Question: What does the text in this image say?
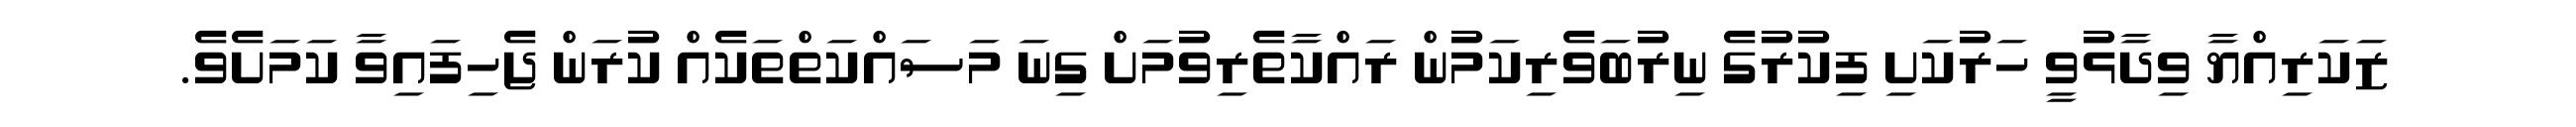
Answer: ޒަކަރިއްޔާ ވިދާޅުވީ ހަރުކަށި ފިކުރުގެ ނިރުބަވެރިކަމުން ރައްކާތެރިވުމަށް ގިނަ މަސައްކަތްތަކެއް ކުރަން ޖެހިފައިވާ ކަމަށެވެ.